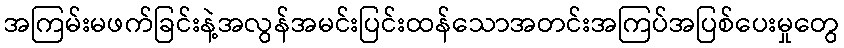
အကြမ်းမဖက်ခြင်းနဲ့အလွန်အမင်းပြင်းထန်သောအတင်းအကြပ်အပြစ်ပေးမှုတွေ